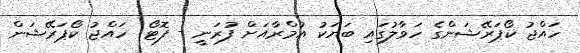
ހައްޖު ކޯޕަރޭޝަންގެ ހަވާލުގައި ބަޔަކު އުމްރާއަށް ފުރަނީ - ފޮޓޯ: ހައްޖު ކޯޕަރޭޝަން